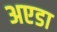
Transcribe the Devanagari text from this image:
अएडा